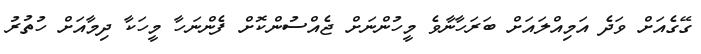
ގޭގެއަށް ވަދެ އަމިއްލައަށް ބަރަހާނާވެ މީހުންނަށް ޖެއްސުންކޮށް ފެންނަހާ މީހަކާ ދިމާއަށް ހުތުރު